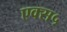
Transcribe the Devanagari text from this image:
एक्स५